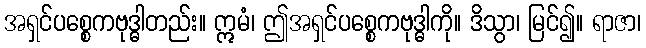
အရှင်ပစ္စေကဗုဒ္ဓါတည်း။ ဣမံ၊ ဤအရှင်ပစ္စေကဗုဒ္ဓါကို။ ဒိသွာ၊ မြင်၍။ ရာဇာ၊